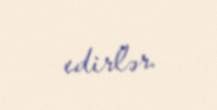
edirlər.